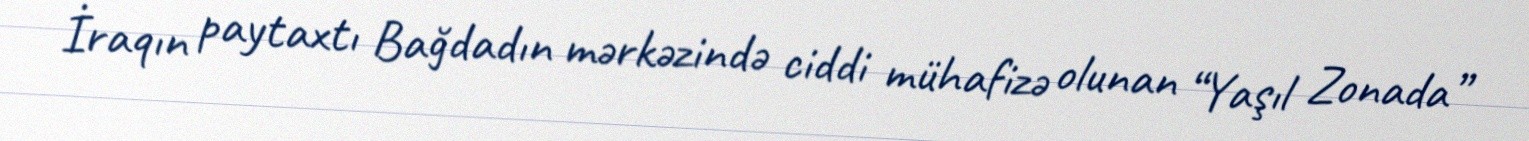
İraqın paytaxtı Bağdadın mərkəzində ciddi mühafizə olunan “Yaşıl Zonada”